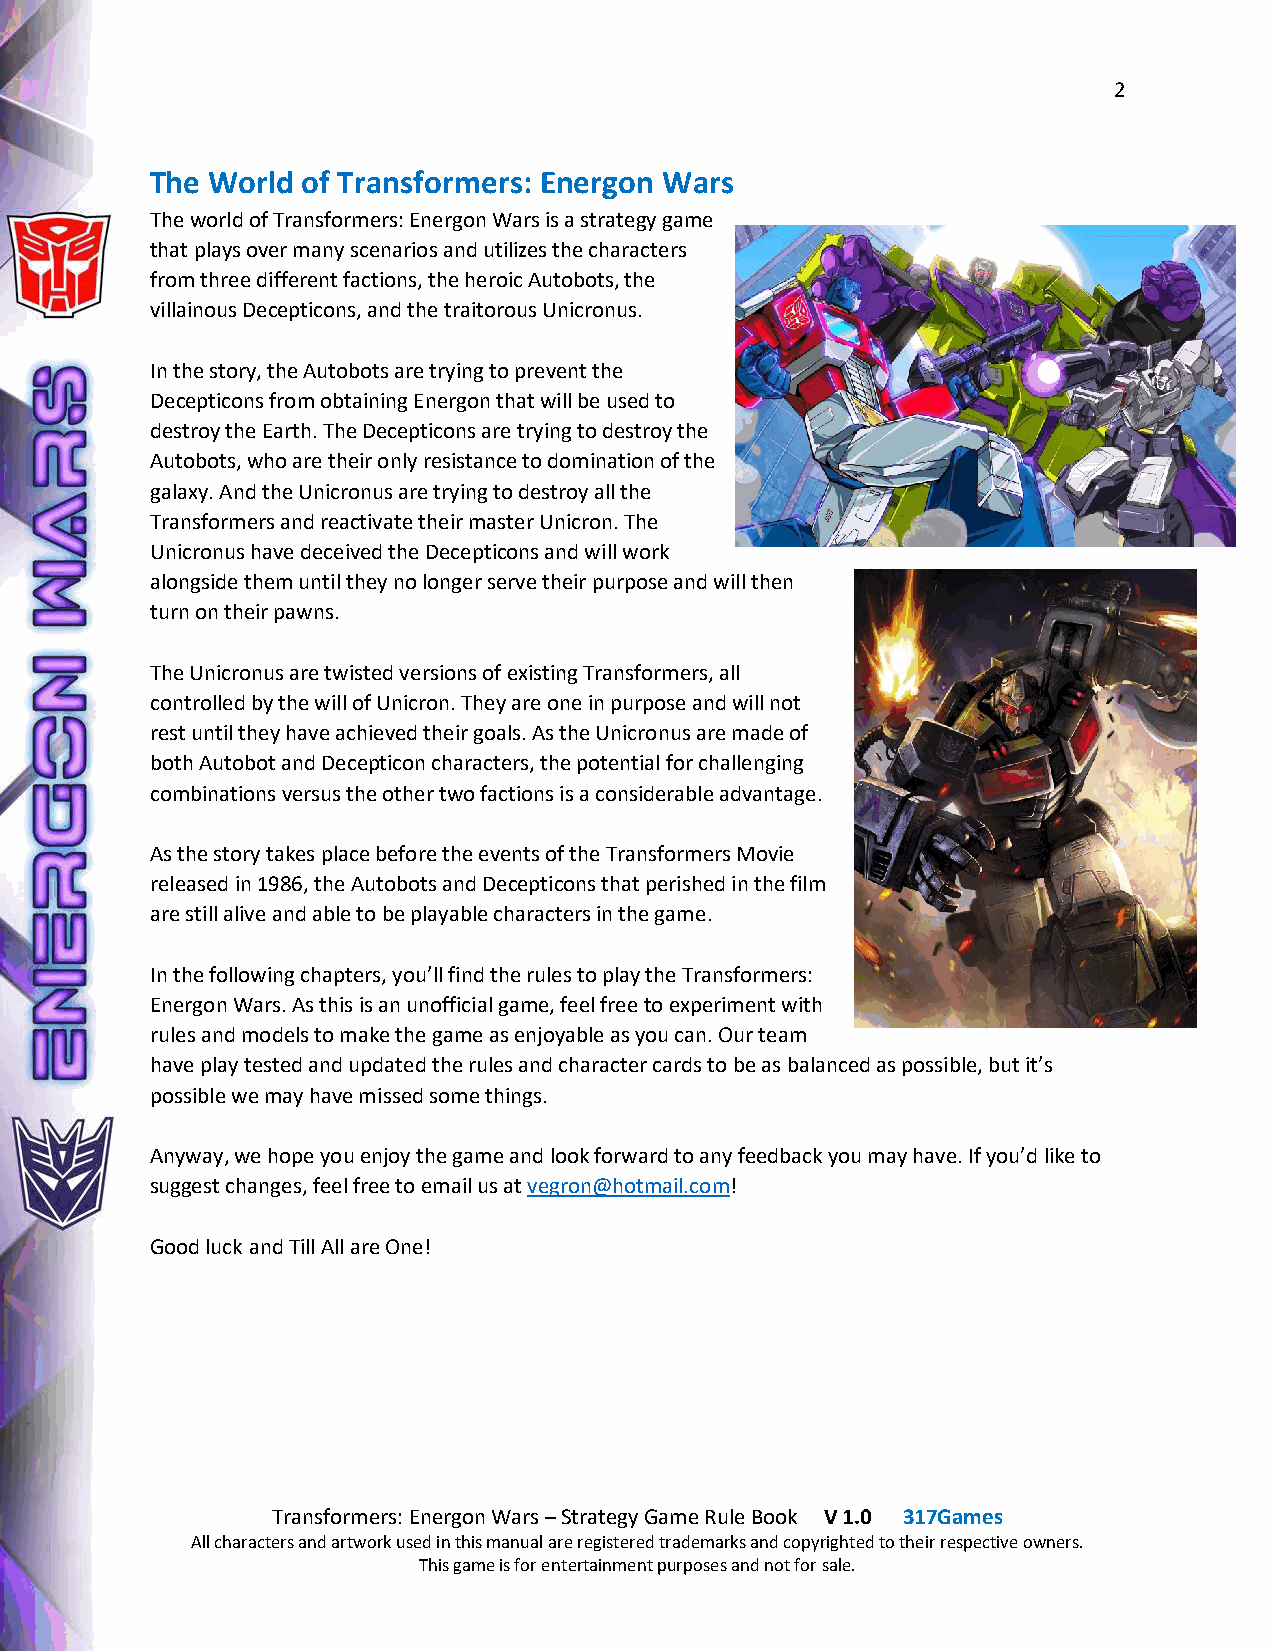
2
 The World of Transformers: Energon Wars
 The world of Transformers: Energon Wars is a strategy game
 that plays over many scenarios and utilizes the characters
 from three different factions, the heroic Autobots, the
 villainous Decepticons, and the traitorous Unicronus.
 In the story, the Autobots are trying to prevent the
 Decepticons from obtaining Energon that will be used to
 destroy the Earth. The Decepticons are trying to destroy the
 Autobots, who are their only resistance to domination of the
 galaxy. And the Unicronus are trying to destroy all the
 Transformers and reactivate their master Unicron. The
 Unicronus have deceived the Decepticons and will work
 alongside them until they no longer serve their purpose and will then
 turn on their pawns.
 The Unicronus are twisted versions of existing Transformers, all
 controlled by the will of Unicron. They are one in purpose and will not
 rest until they have achieved their goals. As the Unicronus are made of
 both Autobot and Decepticon characters, the potential for challenging
 combinations versus the other two factions is a considerable advantage.
 As the story takes place before the events of the Transformers Movie
 released in 1986, the Autobots and Decepticons that perished in the film
 are still alive and able to be playable characters in the game.
 In the following chapters, you’ll find the rules to play the Transformers:
 Energon Wars. As this is an unofficial game, feel free to experiment with
 rules and models to make the game as enjoyable as you can. Our team
 have play tested and updated the rules and character cards to be as balanced as possible, but it’s
 possible we may have missed some things.
 Anyway, we hope you enjoy the game and look forward to any feedback you may have. If you’d like to
 suggest changes, feel free to email us at vegron@hotmail.com!
 Good luck and Till All are One!
 Transformers: Energon Wars – Strategy Game Rule Book V 1.0 317Games
 All characters and artwork used in this manual are registered trademarks and copyrighted to their respective owners.
 This game is for entertainment purposes and not for sale.